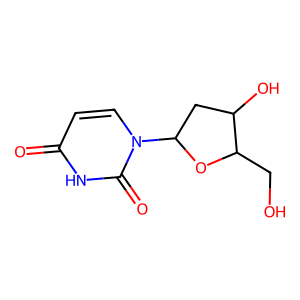
SMILES: O=c1ccn(C2CC(O)C(CO)O2)c(=O)[nH]1
Inhibits HIV replication: No